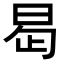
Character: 𭥭